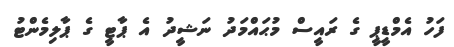
ފަހު އެމްޑީޕީ ގެ ރައީސް މުޙައްމަދު ނަޝީދު އެ ޕާޓީ ގެ ޕާލިމެންޓު